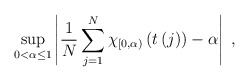
\begin{align*}\sup_{0<\alpha\leq1}\left\vert \frac{1}{N}\sum_{j=1}^{N}\chi_{\left[0,\alpha\right) }\left( t\left( j\right) \right) -\alpha\right\vert \;,\end{align*}